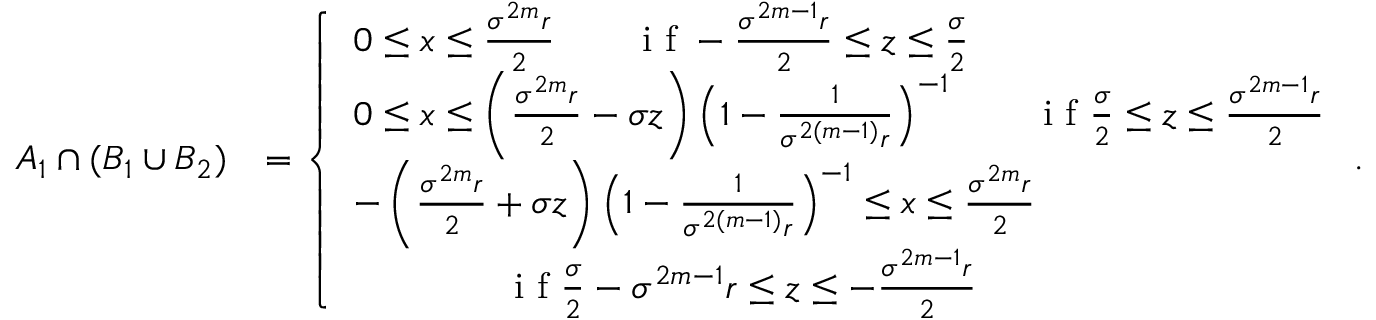
\begin{array} { r l } { A _ { 1 } \cap ( B _ { 1 } \cup B _ { 2 } ) } & { = \left\{ \begin{array} { l l } { 0 \leq x \leq \frac { \sigma ^ { 2 m } r } { 2 } \qquad \textrm { i f } - \frac { \sigma ^ { 2 m - 1 } r } { 2 } \leq z \leq \frac { \sigma } { 2 } } \\ { 0 \leq x \leq \left( \frac { \sigma ^ { 2 m } r } { 2 } - \sigma z \right) \left( 1 - \frac { 1 } { \sigma ^ { 2 ( m - 1 ) } r } \right) ^ { - 1 } \qquad \textrm { i f } \frac { \sigma } { 2 } \leq z \leq \frac { \sigma ^ { 2 m - 1 } r } { 2 } } \\ { - \left( \frac { \sigma ^ { 2 m } r } { 2 } + \sigma z \right) \left( 1 - \frac { 1 } { \sigma ^ { 2 ( m - 1 ) } r } \right) ^ { - 1 } \leq x \leq \frac { \sigma ^ { 2 m } r } { 2 } } \\ { \qquad \qquad \textrm { i f } \frac { \sigma } { 2 } - \sigma ^ { 2 m - 1 } r \leq z \leq - \frac { \sigma ^ { 2 m - 1 } r } { 2 } } \end{array} \right. . } \end{array}